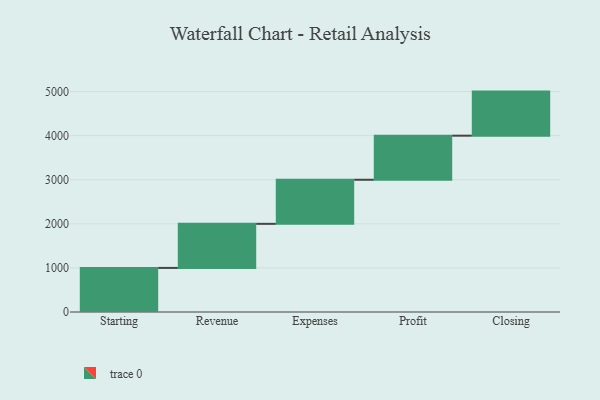
{"axis": {"x": "Step", "y": "Value"}, "legend": [""], "data": [{"x": "Starting", "y": 1000, "type": ""}, {"x": "Revenue", "y": 1000, "type": ""}, {"x": "Expenses", "y": 1000, "type": ""}, {"x": "Profit", "y": 1000, "type": ""}, {"x": "Closing", "y": 1000, "type": ""}]}